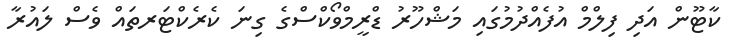
ކާޓޫން އަދި ފިލްމް އުފެއްދުމުގައި މަޝްހޫރު ޑްރީމްވޯކްސްގެ ގިނަ ކެރެކްޓަރތައް ވެސް ލައުރާ